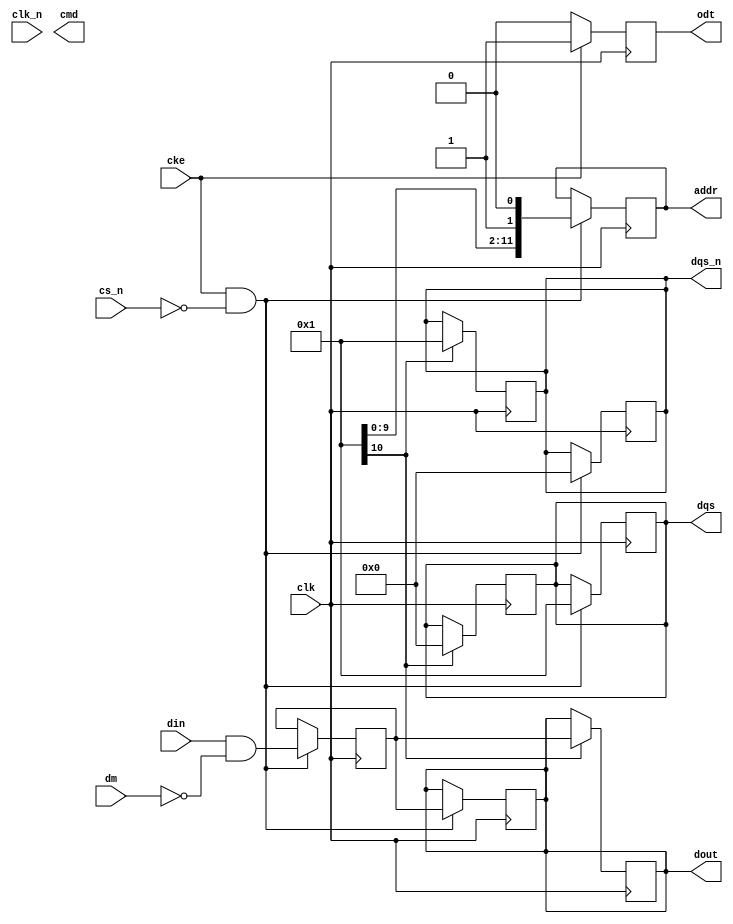
module ddr3_io_block (
    input wire clk,            // DDR3 clock
    input wire clk_n,          // Inverted DDR3 clock
    input wire cke,            // Clock enable
    input wire cs_n,           // Chip select (active low)
    input wire [15:0] din,     // Data input (16 bits)
    input wire [15:0] dm,      // Data mask input (for partial writes)
    output reg [15:0] dout,     // Data output
    output reg [15:0] dqs,      // Data strobe output
    output reg [15:0] dqs_n,    // Inverted data strobe output
    output reg [11:0] addr,     // Address output
    output reg [3:0] cmd,       // Command output
    output reg odt              // On-die termination
);

// Internal signals
reg [15:0] data_buffer;
reg [11:0] address_buffer;
reg [3:0] command_buffer;
reg write_enable;
reg read_enable;

// Write leveling logic (simplified)
reg [3:0] write_delay; // Adjustable delay for write leveling

always @(posedge clk) begin
    if (cke && !cs_n) begin
        // Sample data on the rising edge of the clock
        data_buffer <= din & ~dm; // Apply data mask
        dout <= data_buffer; // Drive output data
        dqs <= 1'b1; // Enable data strobe
        dqs_n <= 1'b0; // Inverted data strobe
        write_enable <= 1'b1; // Indicate write operation
    end else begin
        write_enable <= 1'b0; // Disable write operation
    end
end

always @(negedge clk) begin
    if (read_enable) begin
        // Capture data on the falling edge of the clock
        dout <= data_buffer; // Output the captured data
        dqs <= 1'b0; // Disable data strobe
        dqs_n <= 1'b1; // Disable inverted data strobe
    end
end

// Command and address logic
always @(posedge clk) begin
    if (cke && !cs_n) begin
        // Example command logic (READ/WRITE)
        command_buffer <= 4'b0001; // Example: WRITE command
        addr <= address_buffer; // Drive address output
    end
end

// ODT control
always @(posedge clk) begin
    if (cke) begin
        odt <= 1'b1; // Enable ODT
    end else begin
        odt <= 1'b0; // Disable ODT
    end
end

// Additional functionality and timing control can be added here

endmodule